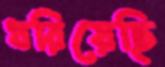
ধরিয়েছি